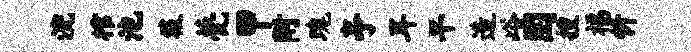
浣棺池筱甍甲附瑰亭耳旱造峪圉搜福忻